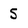
Character: 5